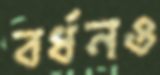
বর্ধনও